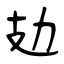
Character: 攰